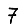
Digit: 7